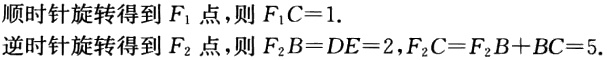
顺时针旋转得到 \(F_{1}\) 点，则 \(F_{1}C = 1\).
逆时针旋转得到 \(F_{2}\) 点，则 \(F_{2}B=DE = 2\)，\(F_{2}C=F_{2}B + BC = 5\).